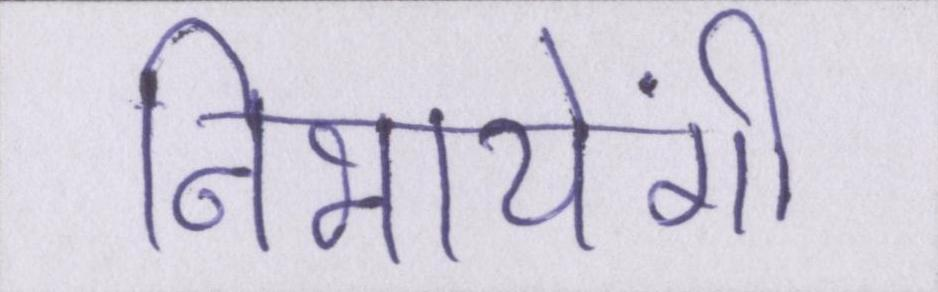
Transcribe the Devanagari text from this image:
निभायेंगी